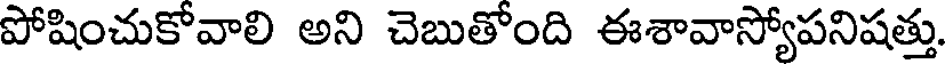
పోషించుకోవాలి అని చెబుతోంది ఈశావాస్యోపనిషత్తు.